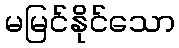
မမြင်နိုင်သော